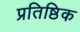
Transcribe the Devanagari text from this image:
प्रतिष्ठिक